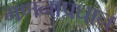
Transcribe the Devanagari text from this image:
गणनाप्रधान